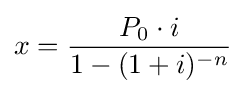
x={\frac {P_{0}\cdot i}{1-(1+i)^{-n}}}